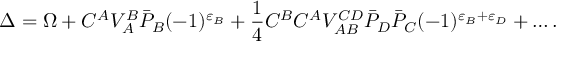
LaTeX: \Delta = \Omega + C ^ { A } V _ { A } ^ { B } \bar { \cal P } _ { B } ( - 1 ) ^ { \varepsilon _ { B } } + \frac { 1 } { 4 } C ^ { B } C ^ { A } V _ { A B } ^ { C D } \bar { \cal P } _ { D } \bar { \cal P } _ { C } ( - 1 ) ^ { \varepsilon _ { B } + \varepsilon _ { D } } + \ldots .